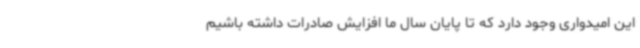
این امیدواری وجود دارد که تا پایان سال ما افزایش صادرات داشته باشیم